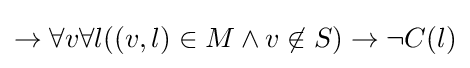
\to \forall v\forall l((v,l)\in M\land v\not \in S)\to \neg C(l)